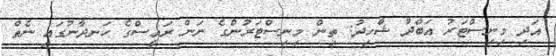
އަދި މިނިސްޓަރު އަބްދު ޝާހިދު: ތިން މިނިސްޓަރުންގެ ނަން ރައީސްގެ ހަނދާނުގައި ނެތް